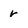
Character: r